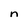
Character: n